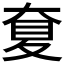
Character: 𡙋